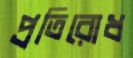
প্রতিরোধ